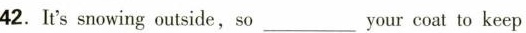
42. It's snowing outside,so___your coat to keep